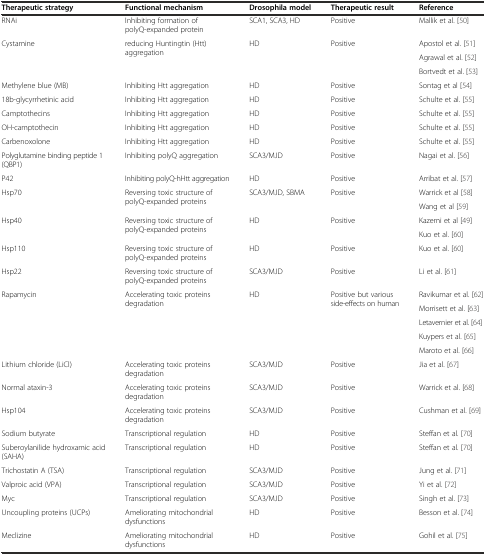
<table><thead><tr><td><b>Therapeutic strategy</b></td><td><b>Functional mechanism</b></td><td><b>Drosophila model</b></td><td><b>Therapeutic result</b></td><td><b>Reference</b></td></tr></thead><tbody><tr><td>RNAi</td><td>Inhibiting formation of polyQ-expanded protein</td><td>SCA1, SCA3, HD</td><td>Positive</td><td>Mallik et al. [50]</td></tr><tr><td rowspan="3">Cystamine</td><td rowspan="3">reducing Huntingtin (Htt) aggregation</td><td rowspan="3">HD</td><td rowspan="3">Positive</td><td>Apostol et al. [51]</td></tr><tr><td>Agrawal et al. [52]</td></tr><tr><td>Bortvedt et al. [53]</td></tr><tr><td>Methylene blue (MB)</td><td>Inhibiting Htt aggregation</td><td>HD</td><td>Positive</td><td>Sontag et al [54]</td></tr><tr><td>18b-glycyrrhetinic acid</td><td>Inhibiting Htt aggregation</td><td>HD</td><td>Positive</td><td>Schulte et al. [55]</td></tr><tr><td>Camptothecins</td><td>Inhibiting Htt aggregation</td><td>HD</td><td>Positive</td><td>Schulte et al. [55]</td></tr><tr><td>OH-camptothecin</td><td>Inhibiting Htt aggregation</td><td>HD</td><td>Positive</td><td>Schulte et al. [55]</td></tr><tr><td>Carbenoxolone</td><td>Inhibiting Htt aggregation</td><td>HD</td><td>Positive</td><td>Schulte et al. [55]</td></tr><tr><td>Polyglutamine binding peptide 1 (QBP1)</td><td>Inhibiting polyQ aggregation</td><td>SCA3/MJD</td><td>Positive</td><td>Nagai et al. [56]</td></tr><tr><td>P42</td><td>Inhibiting polyQ-hHtt aggregation</td><td>HD</td><td>Positive</td><td>Arribat et al. [57]</td></tr><tr><td rowspan="2">Hsp70</td><td rowspan="2">Reversing toxic structure of polyQ-expanded proteins</td><td rowspan="2">SCA3/MJD, SBMA</td><td rowspan="2">Positive</td><td>Warrick et al [58]</td></tr><tr><td>Wang et al [59]</td></tr><tr><td rowspan="2">Hsp40</td><td rowspan="2">Reversing toxic structure of polyQ-expanded proteins</td><td rowspan="2">HD</td><td rowspan="2">Positive</td><td>Kazemi et al [49]</td></tr><tr><td>Kuo et al. [60]</td></tr><tr><td>Hsp110</td><td>Reversing toxic structure of polyQ-expanded proteins</td><td>HD</td><td>Positive</td><td>Kuo et al. [60]</td></tr><tr><td>Hsp22</td><td>Reversing toxic structure of polyQ-expanded proteins</td><td>SCA3/MJD</td><td>Positive</td><td>Li et al. [61]</td></tr><tr><td rowspan="5">Rapamycin</td><td rowspan="5">Accelerating toxic proteins degradation</td><td rowspan="5">HD</td><td rowspan="5">Positive but various side-effects on human</td><td>Ravikumar et al. [62]</td></tr><tr><td>Morrisett et al. [63]</td></tr><tr><td>Letavernier et al. [64]</td></tr><tr><td>Kuypers et al. [65]</td></tr><tr><td>Maroto et al. [66]</td></tr><tr><td>Lithium chloride (LiCl)</td><td>Accelerating toxic proteins degradation</td><td>SCA3/MJD</td><td>Positive</td><td>Jia et al. [67]</td></tr><tr><td>Normal ataxin-3</td><td>Accelerating toxic proteins degradation</td><td>SCA3/MJD</td><td>Positive</td><td>Warrick et al. [68]</td></tr><tr><td>Hsp104</td><td>Accelerating toxic proteins degradation</td><td>SCA3/MJD</td><td>Positive</td><td>Cushman et al. [69]</td></tr><tr><td>Sodium butyrate</td><td>Transcriptional regulation</td><td>HD</td><td>Positive</td><td>Steffan et al. [70]</td></tr><tr><td>Suberoylanilide hydroxamic acid (SAHA)</td><td>Transcriptional regulation</td><td>HD</td><td>Positive</td><td>Steffan et al. [70]</td></tr><tr><td>Trichostatin A (TSA)</td><td>Transcriptional regulation</td><td>SCA3/MJD</td><td>Positive</td><td>Jung et al. [71]</td></tr><tr><td>Valproic acid (VPA)</td><td>Transcriptional regulation</td><td>SCA3/MJD</td><td>Positive</td><td>Yi et al. [72]</td></tr><tr><td>Myc</td><td>Transcriptional regulation</td><td>SCA3/MJD</td><td>Positive</td><td>Singh et al. [73]</td></tr><tr><td>Uncoupling proteins (UCPs)</td><td>Ameliorating mitochondrial dysfunctions</td><td>HD</td><td>Positive</td><td>Besson et al. [74]</td></tr><tr><td>Meclizine</td><td>Ameliorating mitochondrial dysfunctions</td><td>HD</td><td>Positive</td><td>Gohil et al. [75]</td></tr></tbody></table>